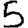
Digit: 5